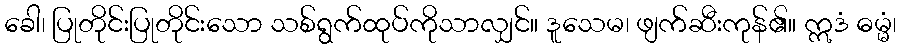
ခေါ၊ ပြုတိုင်းပြုတိုင်းသော သစ်ရွက်ထုပ်ကိုသာလျှင်။ ဒူသေမ၊ ဖျက်ဆီးကုန်၏။ ဣဒံ ဓမ္မံ၊